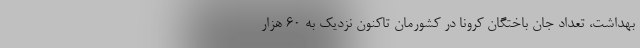
بهداشت، تعداد جان باختگان کرونا در کشورمان تاکنون نزدیک به 60 هزار